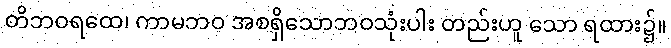
တိဘဝရထေ၊ ကာမဘဝ အစရှိသောဘဝသုံးပါး တည်းဟူ သော ရထား၌။